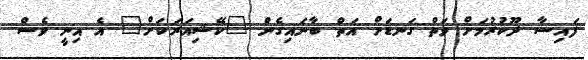
ފައިސާ ދޫކުރުމަށް ވަތް ގަނޑަށް އަތް ބާނައިގެން "ކޭޝިއަރަކަށް" އެ އިނީ ވެސް